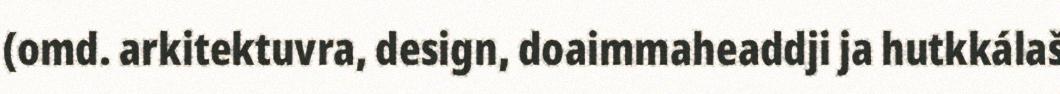
(omd. arkitektuvra, design, doaimmaheaddji ja hutkkálaš